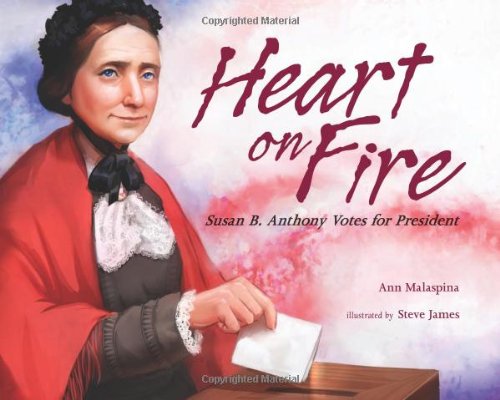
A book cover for Heart on Fire: Susan B. Anthony Votes for President; Ann Malaspina; Children's Books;